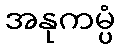
အနုကမ္ပံ